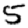
Digit: 5